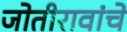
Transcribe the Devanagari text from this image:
जोतीरावांचे